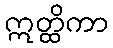
ဣတ္ထိကာ